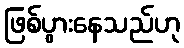
ဖြစ်ပွားနေသည်ဟု